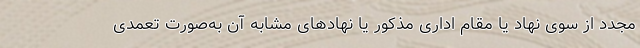
مجدد از سوی نهاد یا مقام اداری مذکور یا نهادهای مشابه آن به‌صورت تعمدی